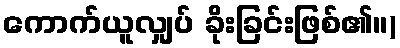
ကောက်ယူလျှပ် ခိုးခြင်းဖြစ်၏။)